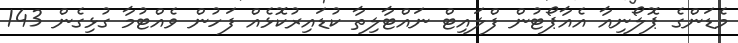
މެޑަންގެ ޕޮލޯނިއާ އެއާޕޯޓުން ފްލައިޓް ނައްޓާލިތާ ކުޑައިރުކޮޅެއް ފަހުން ވެއްޓުމާ ގުޅިގެން 143